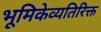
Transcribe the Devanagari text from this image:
भूमिकेव्यतिरिक्त